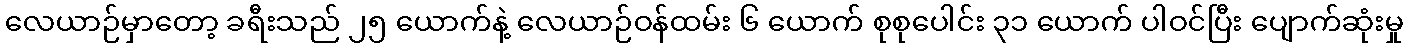
လေယာဉ်မှာတော့ ခရီးသည် ၂၅ ယောက်နဲ့ လေယာဉ်ဝန်ထမ်း ၆ ယောက် စုစုပေါင်း ၃၁ ယောက် ပါဝင်ပြီး ပျောက်ဆုံးမှု